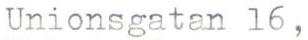
Unionsgatan 16,